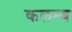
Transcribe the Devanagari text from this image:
कलम्ब